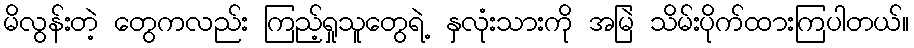
မိလွန်းတဲ့ တွေကလည်း ကြည့်ရှုသူတွေရဲ့ နှလုံးသားကို အမြဲ သိမ်းပိုက်ထားကြပါတယ်။